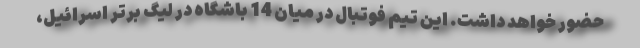
حضور خواهد داشت. این تیم فوتبال در میان 14 باشگاه در لیگ برتر اسرائیل،